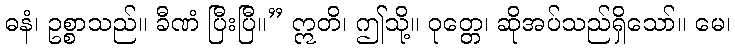
ဓနံ၊ ဥစ္စာသည်။ ခီဏံ ပြီးပြီ။” ဣတိ၊ ဤသို့။ ဝုတ္တေ၊ ဆိုအပ်သည်ရှိသော်။ မေ၊